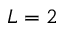
L = 2